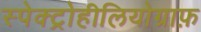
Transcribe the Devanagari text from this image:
स्पेक्ट्रोहीलियोग्राफ़